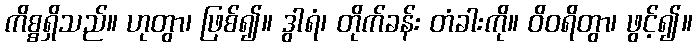
ကိစ္စရှိသည်။ ဟုတွာ၊ ဖြစ်၍။ ဒွါရံ၊ တိုက်ခန်း တံခါးကို။ ဝိဝရိတွာ၊ ဖွင့်၍။